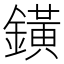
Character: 鐄